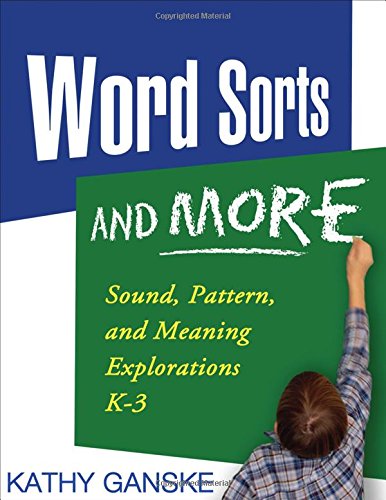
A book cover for Word Sorts and More: Sound, Pattern, and Meaning Explorations K-3 (Solving Problems in Teaching of Literacy); Kathy Ganske; Education & Teaching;